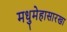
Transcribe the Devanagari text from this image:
मधुमेहासारखा